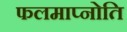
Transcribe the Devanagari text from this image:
फलमाप्नोति